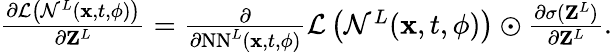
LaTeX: \begin{array}{r}{\frac{\partial\mathcal{L}\left(\mathcal{N}^{L}({\mathbf x},t,{\mathbf\phi})\right)}{\partial{\mathbf Z}^{L}}=\frac{\partial}{\partial\mathrm{NN}^{L}({\mathbf x},t,{\mathbf\phi})}\mathcal{L}\left(\mathcal{N}^{L}({\mathbf x},t,{\mathbf\phi})\right)\odot\frac{\partial\sigma({\mathbf Z}^{L})}{\partial{\mathbf Z}^{L}}.}\end{array}